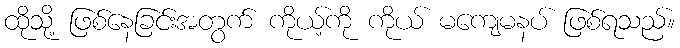
ထိုသို့ ဖြစ်နေခြင်းအတွက် ကိုယ့်ကို ကိုယ် မကျေမနပ် ဖြစ်ရသည်။